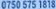
0750 575 1818